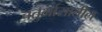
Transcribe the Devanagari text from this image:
चतुर्मासातील